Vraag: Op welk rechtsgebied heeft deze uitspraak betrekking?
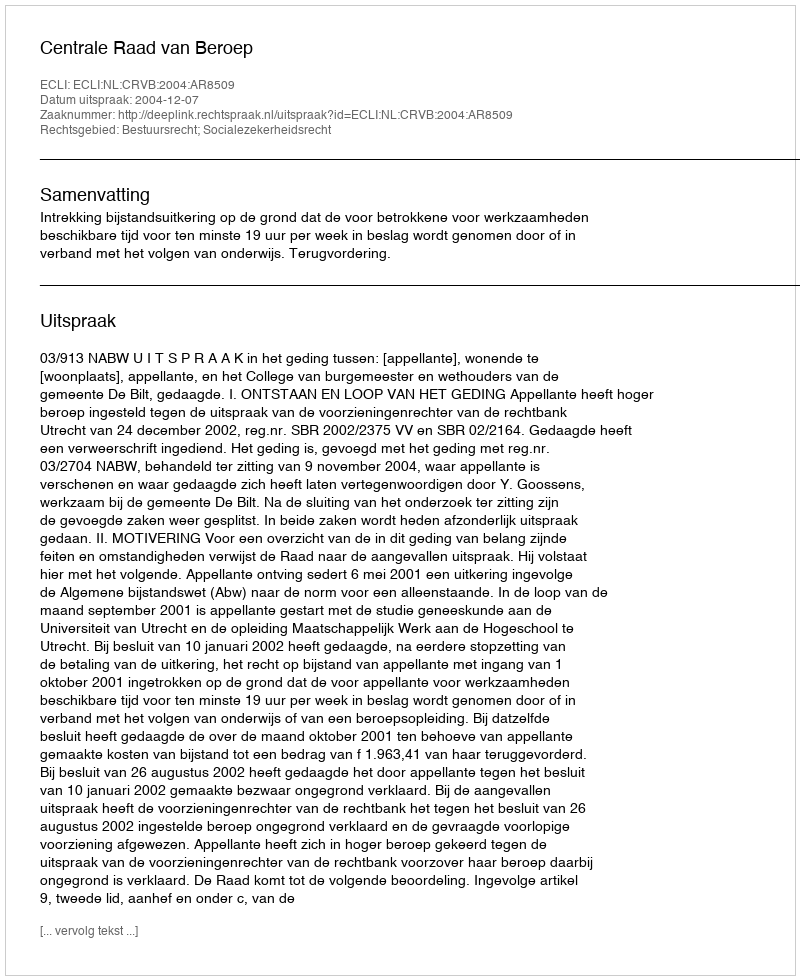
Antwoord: Bestuursrecht; Socialezekerheidsrecht